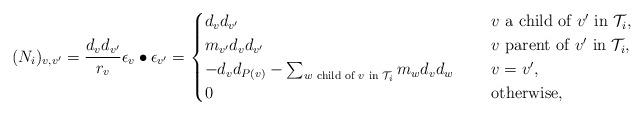
LaTeX: \begin{align*} (N_i)_{v,v'}=\frac{d_vd_{v'}}{r_v}\epsilon_v\bullet\epsilon_{v'}=\begin{cases} d_vd_{v'}~~&~~v\textup{ a child of }v'\textup{ in }\mathcal{T}_i,\\ m_{v'}d_vd_{v'}~~&~~v\textup{ parent of }v'\textup{ in }\mathcal{T}_i, \\ -d_vd_{P(v)}-\sum_{w\textup{ child of }v\textup{ in }\mathcal{T}_i}m_wd_vd_w~~&~~v=v',\\ 0~~&~~\textup{otherwise},\end{cases}\end{align*}